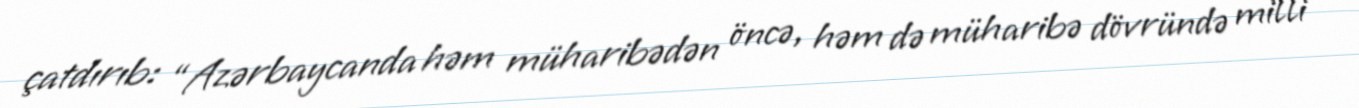
çatdırıb: “Azərbaycanda həm müharibədən öncə, həm də müharibə dövründə milli